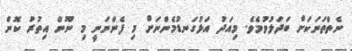
ނެތްތަނަކަށް ބަދަލުވުމެވެ. މިއަދު އަޅުގަނޑުމެންނަށް މި ފެންނަނީ މި ނޫން އިތުރު ކޮން